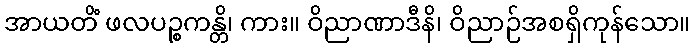
အာယတိံ ဖလပဉ္စကန္တိ၊ ကား။ ဝိညာဏာဒီနိ၊ ဝိညာဉ်အစရှိကုန်သော။